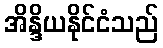
အိန္ဒိယနိုင်ငံသည်